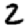
Digit: 2